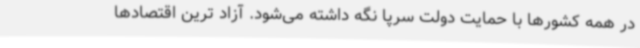
در همه کشورها با حمایت دولت سرپا نگه داشته می‌شود. آزاد ترین اقتصادها